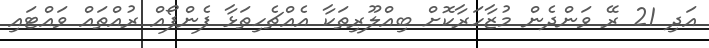
އަދި 21 ރޭ ވަންދެން މުޒާހަރާކޮށް ބިއްލޫރިތަކާ އެއްޗެހިތަޅާ ފެންފޯއް ރުއްތައް ވައްޓައި